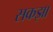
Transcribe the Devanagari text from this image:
सकझा